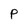
Character: P